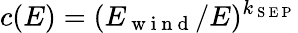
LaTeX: c(E)=(E_{\mathrm{~w~i~n~d~}}/E)^{k_{\mathrm{~S~E~P~}}}